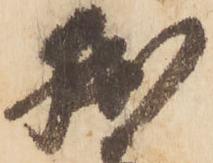
拙